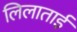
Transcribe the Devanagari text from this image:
लिलाताई